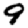
Digit: 9